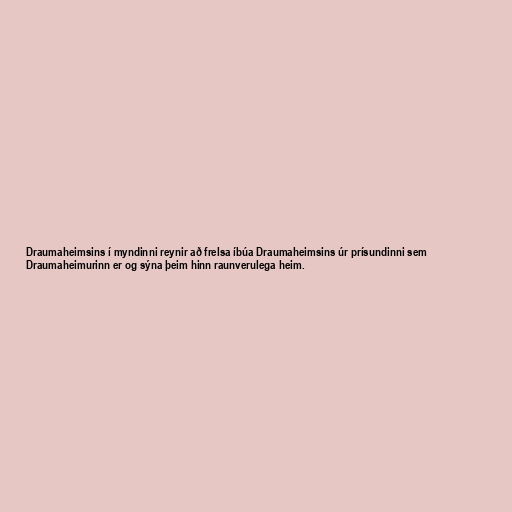
Draumaheimsins í myndinni reynir að frelsa íbúa Draumaheimsins úr prísundinni sem
Draumaheimurinn er og sýna þeim hinn raunverulega heim.